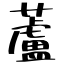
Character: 蘆